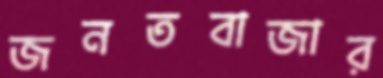
জনতবাজার